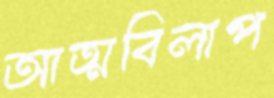
আত্মবিলাপ